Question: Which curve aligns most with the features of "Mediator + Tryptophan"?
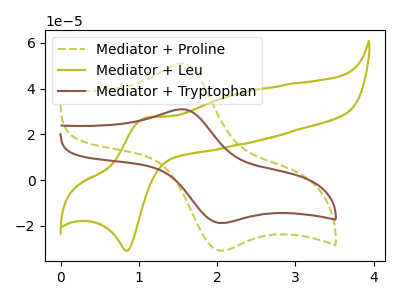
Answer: <think>The olive dashed curve "Mediator + Proline" has an anodic peak at (1.55V, 51.00uA) and a cathodic peak at (2.05V, -30.90uA). The olive curve "Mediator + Leu" has an anodic peak at (1.05V, 27.10uA) and a cathodic peak at (0.85V, -30.90uA). The brown curve "Mediator + Tryptophan" has an anodic peak at (1.55V, 30.95uA) and a cathodic peak at (2.05V, -18.80uA).
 "Mediator + Proline" and "Mediator + Leu" have at least one peak that do not match. All the peaks in "Mediator + Proline" have a peak in "Mediator + Tryptophan" at the same potential. Every peak in "Mediator + Proline" is higher than every peak in "Mediator + Tryptophan". "Mediator + Leu" and "Mediator + Tryptophan" have at least one peak that do not match.</think>
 <answer>The CV with the most similar shape to "Mediator + Proline" is "Mediator + Tryptophan".</answer>
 <eval>"Mediator + Tryptophan"</eval>